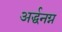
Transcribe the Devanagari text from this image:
अर्द्धनग्न